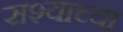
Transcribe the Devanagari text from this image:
सश्याच्या